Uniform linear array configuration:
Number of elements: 4
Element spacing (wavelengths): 1
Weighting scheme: blackman
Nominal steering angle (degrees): -45
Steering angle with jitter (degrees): -44.866
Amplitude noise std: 0.05
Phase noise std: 0.05

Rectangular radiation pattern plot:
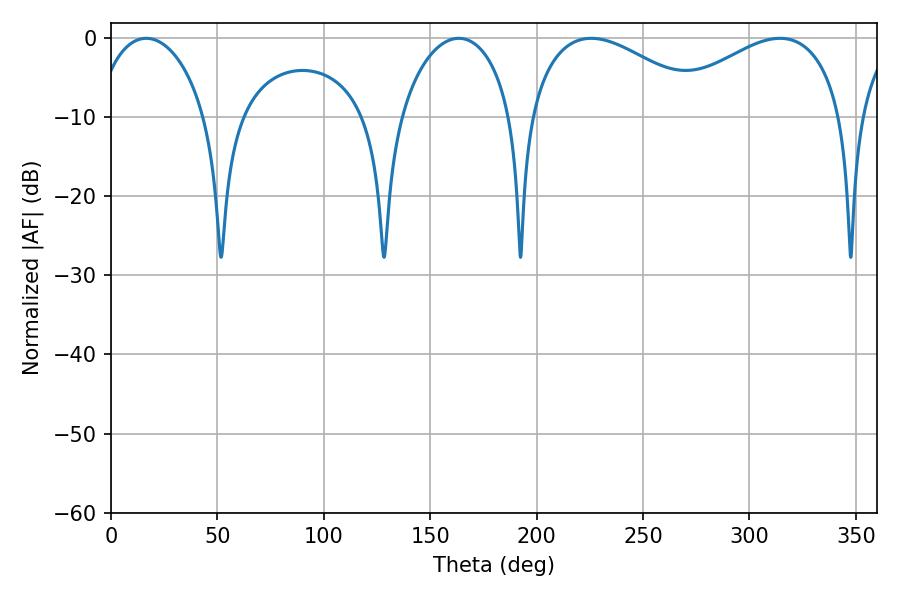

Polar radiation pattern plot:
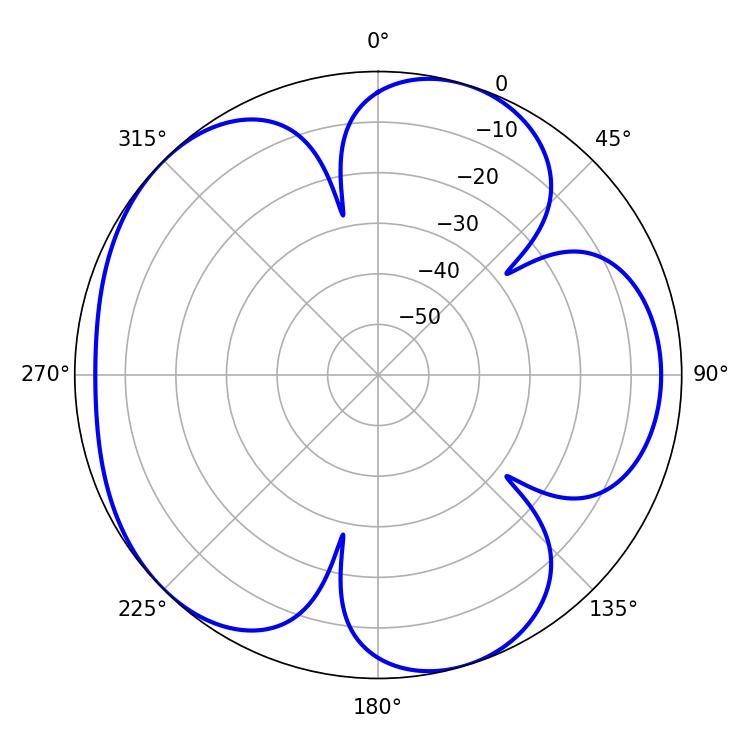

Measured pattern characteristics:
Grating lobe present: TRUE
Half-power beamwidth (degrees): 30.06
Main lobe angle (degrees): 16.56